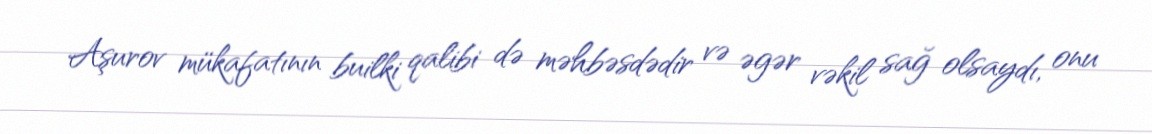
Aşurov mükafatının builki qalibi də məhbəsdədir və əgər vəkil sağ olsaydı, onu